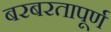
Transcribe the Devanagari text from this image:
बरबरतापूर्ण